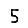
Digit: 5